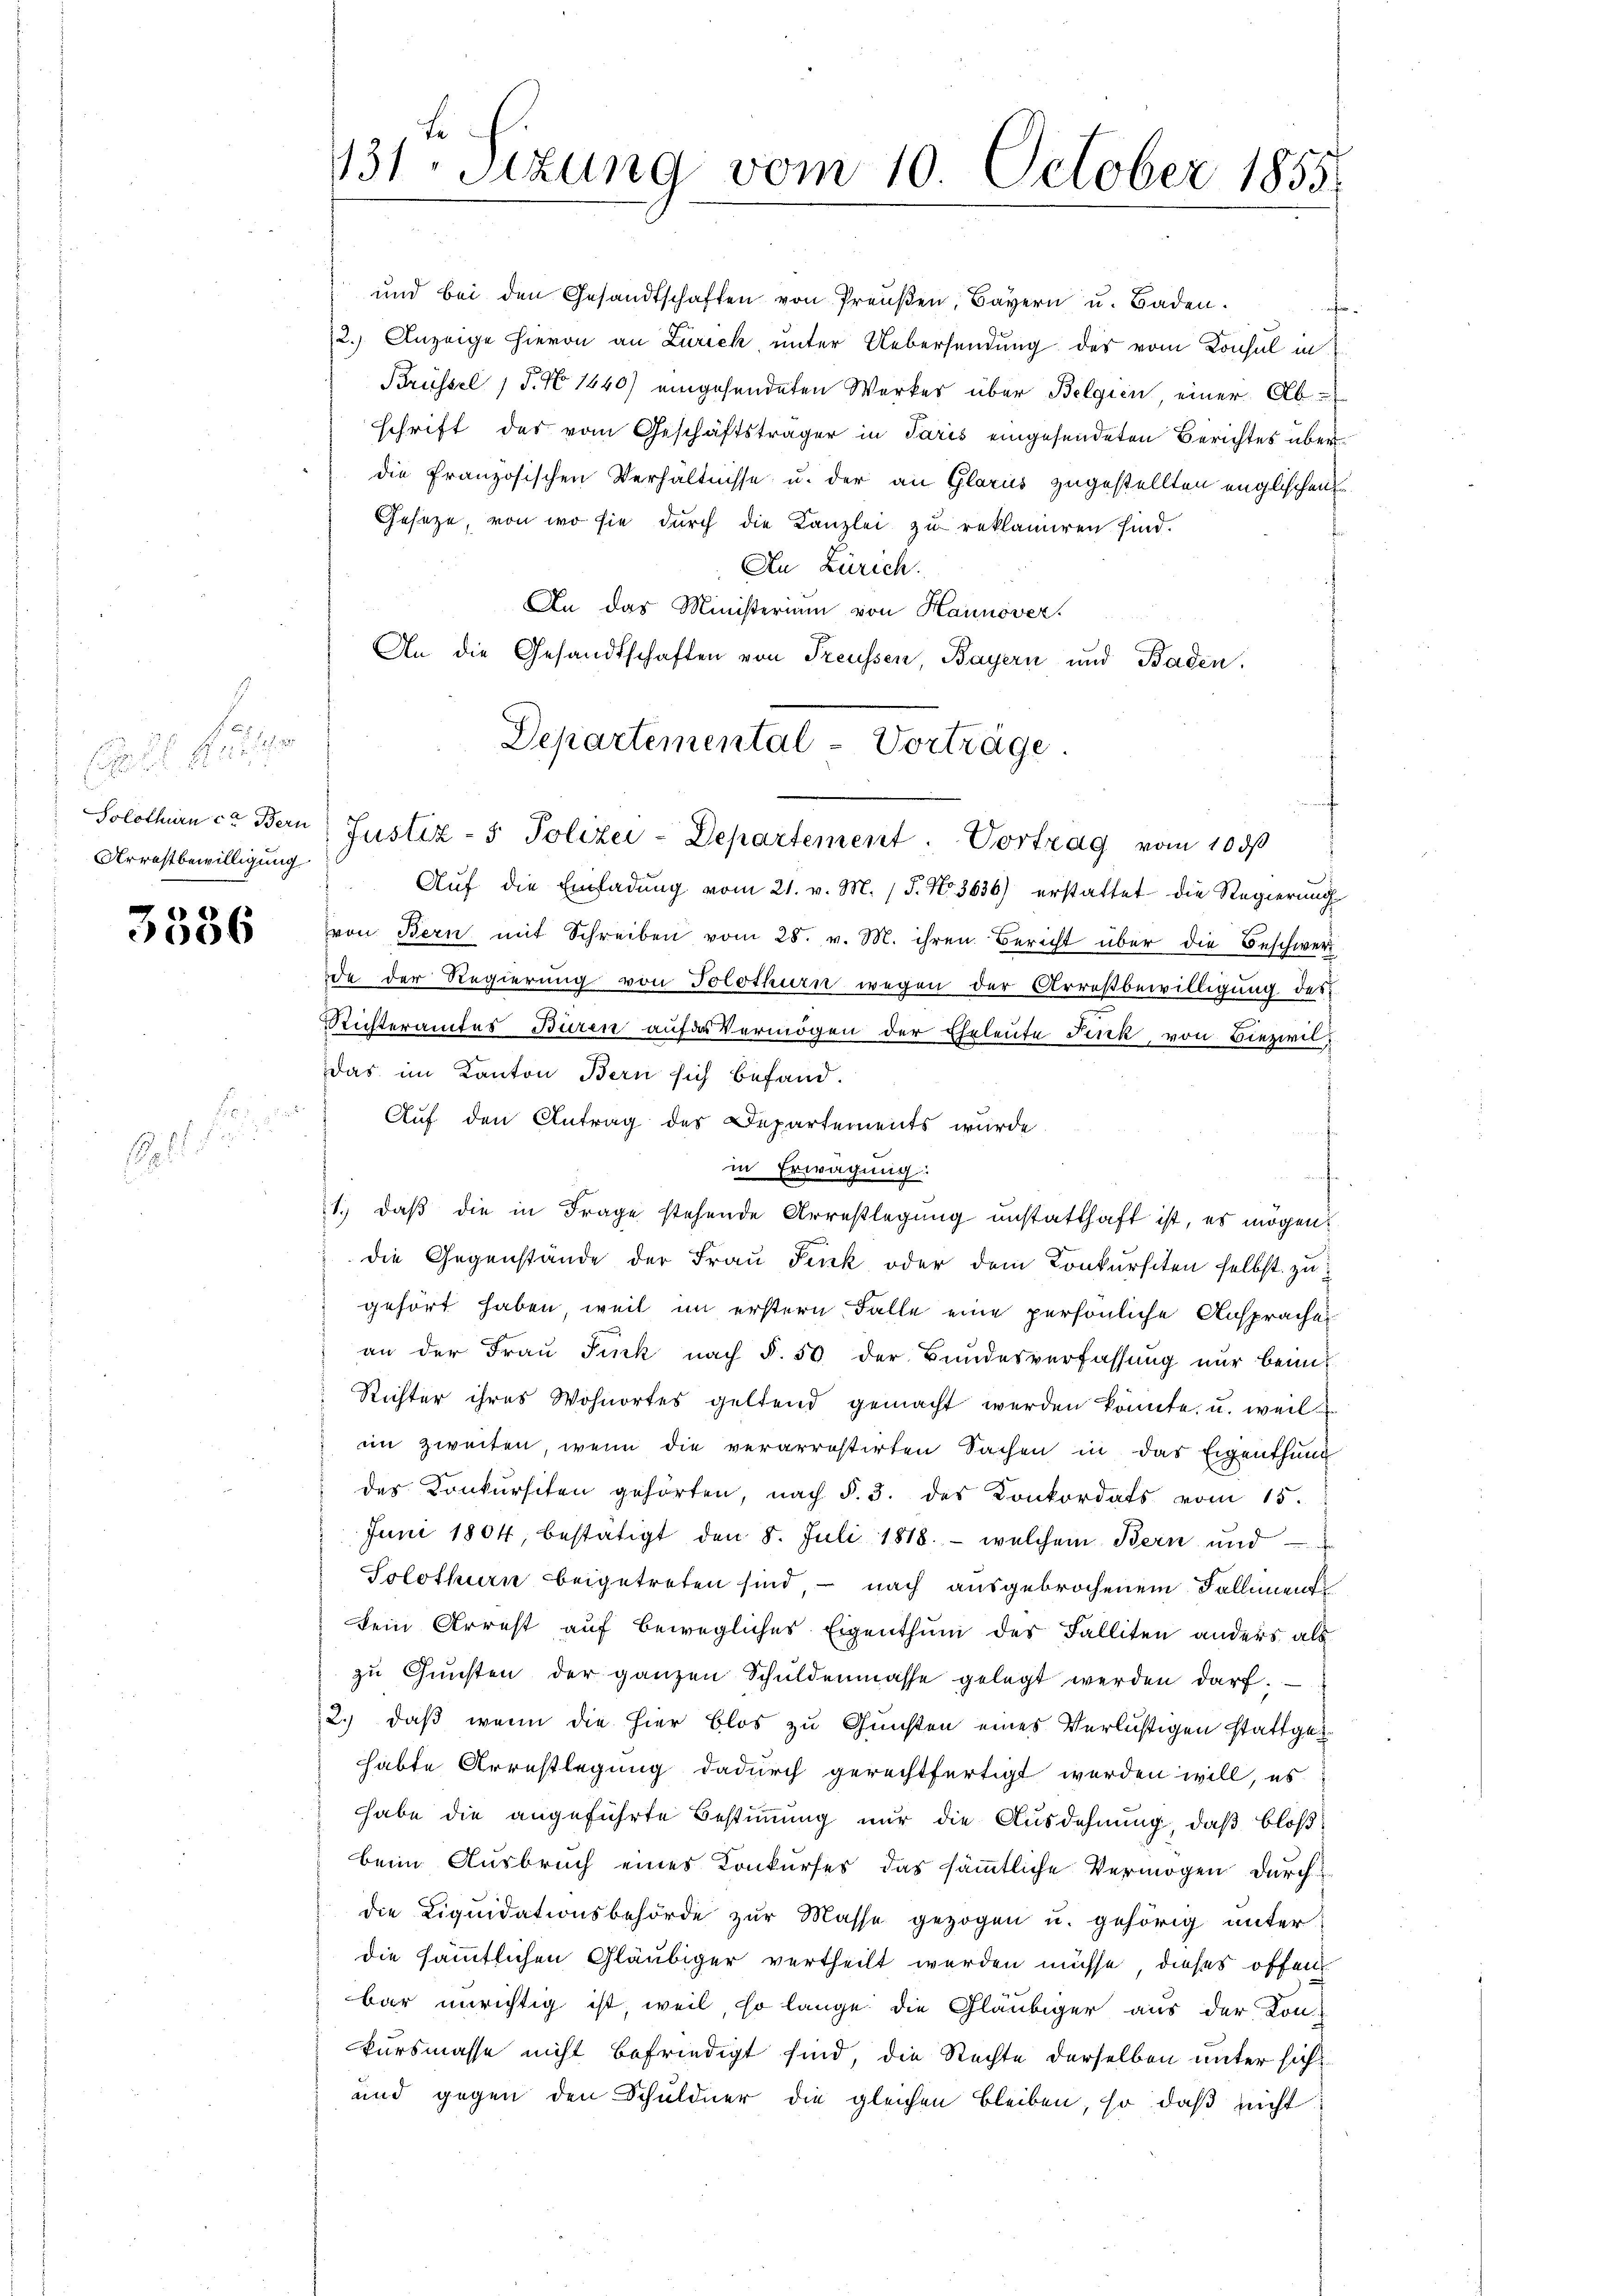
E  Patier
d
Arrestbewilligung

3536

.
i
E

und bei den Gesandtschaften von Preußen, Bayern u. Baden.
12.) Anzeige hievon an Zürich, unter Uebersendung des vom Konsul in
Brüssel (T. N 1440) eingesendeten Werkes über Belgien, einer Ab¬
Schrift des vom Geschäftsträger in Paris eingesendeten Berichtes überdie französischen Verhältnisse u. der an Glarus zugestellten englischen
Geseze, von wo sie durch die Kanzlei zu reklamiren sind.
An Zürich.
An das Ministerium von Hannover.
An die Gesandtschaften von Treussen, Bayern und Baden,
Aŭf die Einladung vom 21. v. M. (T. No 3636) erstattet die Regierung
von Bern mit Schreiben vom 28. v. M. ihren Bericht über die Beschwer
de der Regierung von Solothurn wegen der Arresbewilligung des
Richteramtes Büren auf der Vermögen der Eheleute Fenk, von Biezwil,
Das im Kanton Bern sich befand.
Auf den Antrag des Departements wurde.
in Erwägung:
1.) Daß die in Frage stehende Arrestlegung unstatthaft ist, es mögen!
 die Gegenstände der Frau Fink oder dem Konkursiten selbst zugehört haben, weil im erstern Falle eine persönliche Ansprache
an der Frau Pick nach §. 50 der Bundesverfassung nur beim
Richter ihres Wohnortes geltend gemacht werden könnte, u. weil
im zweiten, wenn die verarrostirten Sachen in das Eigenthung
des Konkursiten gehörten, nach §. 3. des Konkordats vom 15.
Juni 1804, bestätigt den 8. Juli 1818. - welchem Bern und
Solothurn beigetreten sind – nach ausgebrochenem Fallment
kein Arrest auf bewegliches Eigenthum des Falliten anders als
zu Gunsten der ganzen Schuldenmasse gelegt werden darf.
2.) daß wenn die hier blos zu Gunsten eines Verlustigen stattgehabte Arrestlegung dadurch gerechtfertigt werden will, es
habe die angeführte Bestimmung nur die Ausdehnung, daß bloß
beim Ausbruch eines Konkurses das sämmtliche Vermögen durchdie Liquidationsbehörde zur Masse gezogen u. gehörig unter
die sämmtlichen Gläubiger vertheilt werden müsse dieses offen
bar unrichtig ist, weil, so lange die Gläubiger aus der Kon-
kursmasse nicht befriedigt sind, die Rechte derselben unter sich
und gegen den Schuldner die gleichen bleiben, so daß nicht

131. Sitzung vom 10. October 1855.

Departemental-Vorträge.
Solothurn ca Bern Justiz- & Polizei-Departement. Vortrag vom 10 d

n